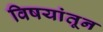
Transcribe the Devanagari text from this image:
विषयांतून